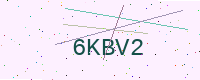
Text: 6KBV2